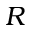
R